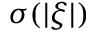
\sigma ( | \boldsymbol { \xi } | )